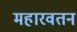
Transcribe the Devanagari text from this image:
महारवतन